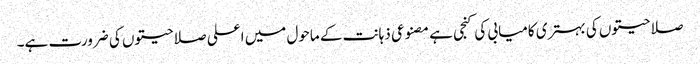
صلاحیتوں کی بہتری کامیابی کی کنجی ہے مصنوعی ذہانت کے ماحول میں اعلی صلاحیتوں کی ضرورت ہے۔